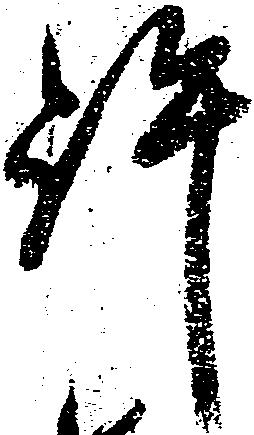
許